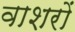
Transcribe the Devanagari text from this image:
वाशरों